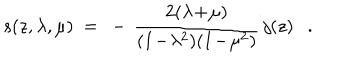
LaTeX: s ( z , \lambda , \mu ) ~ = ~ - \, { \frac { 2 ( \lambda \! + \! \mu ) } { ( 1 \! - \! \lambda ^ { 2 } ) ( 1 \! - \! \mu ^ { 2 } ) } } \, j ( z ) .